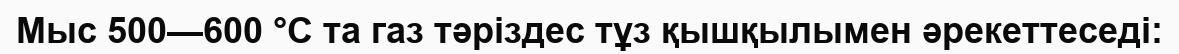
Мыс 500—600 °C та газ тәріздес тұз қышқылымен әрекеттеседі: